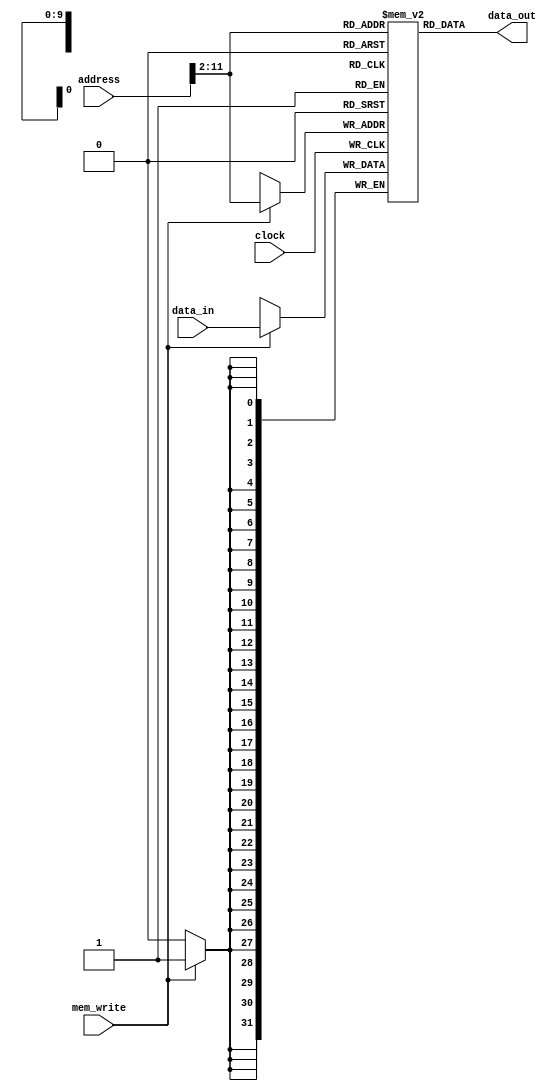
module dm(data_out,clock,mem_write,address,data_in);

output [31:0] data_out;
input clock;
input [31:0] address;
input mem_write;
input [31:0] data_in;

reg [31:0] data_memory[1023:0]; //4K

	always@(posedge clock)
	begin
		if(mem_write)//
			data_memory[address[11:2]]<=data_in;
	end

assign data_out=data_memory[address[31:2]];//

endmodule